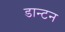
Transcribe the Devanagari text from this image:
डान्टन